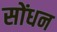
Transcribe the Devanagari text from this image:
सोंधन